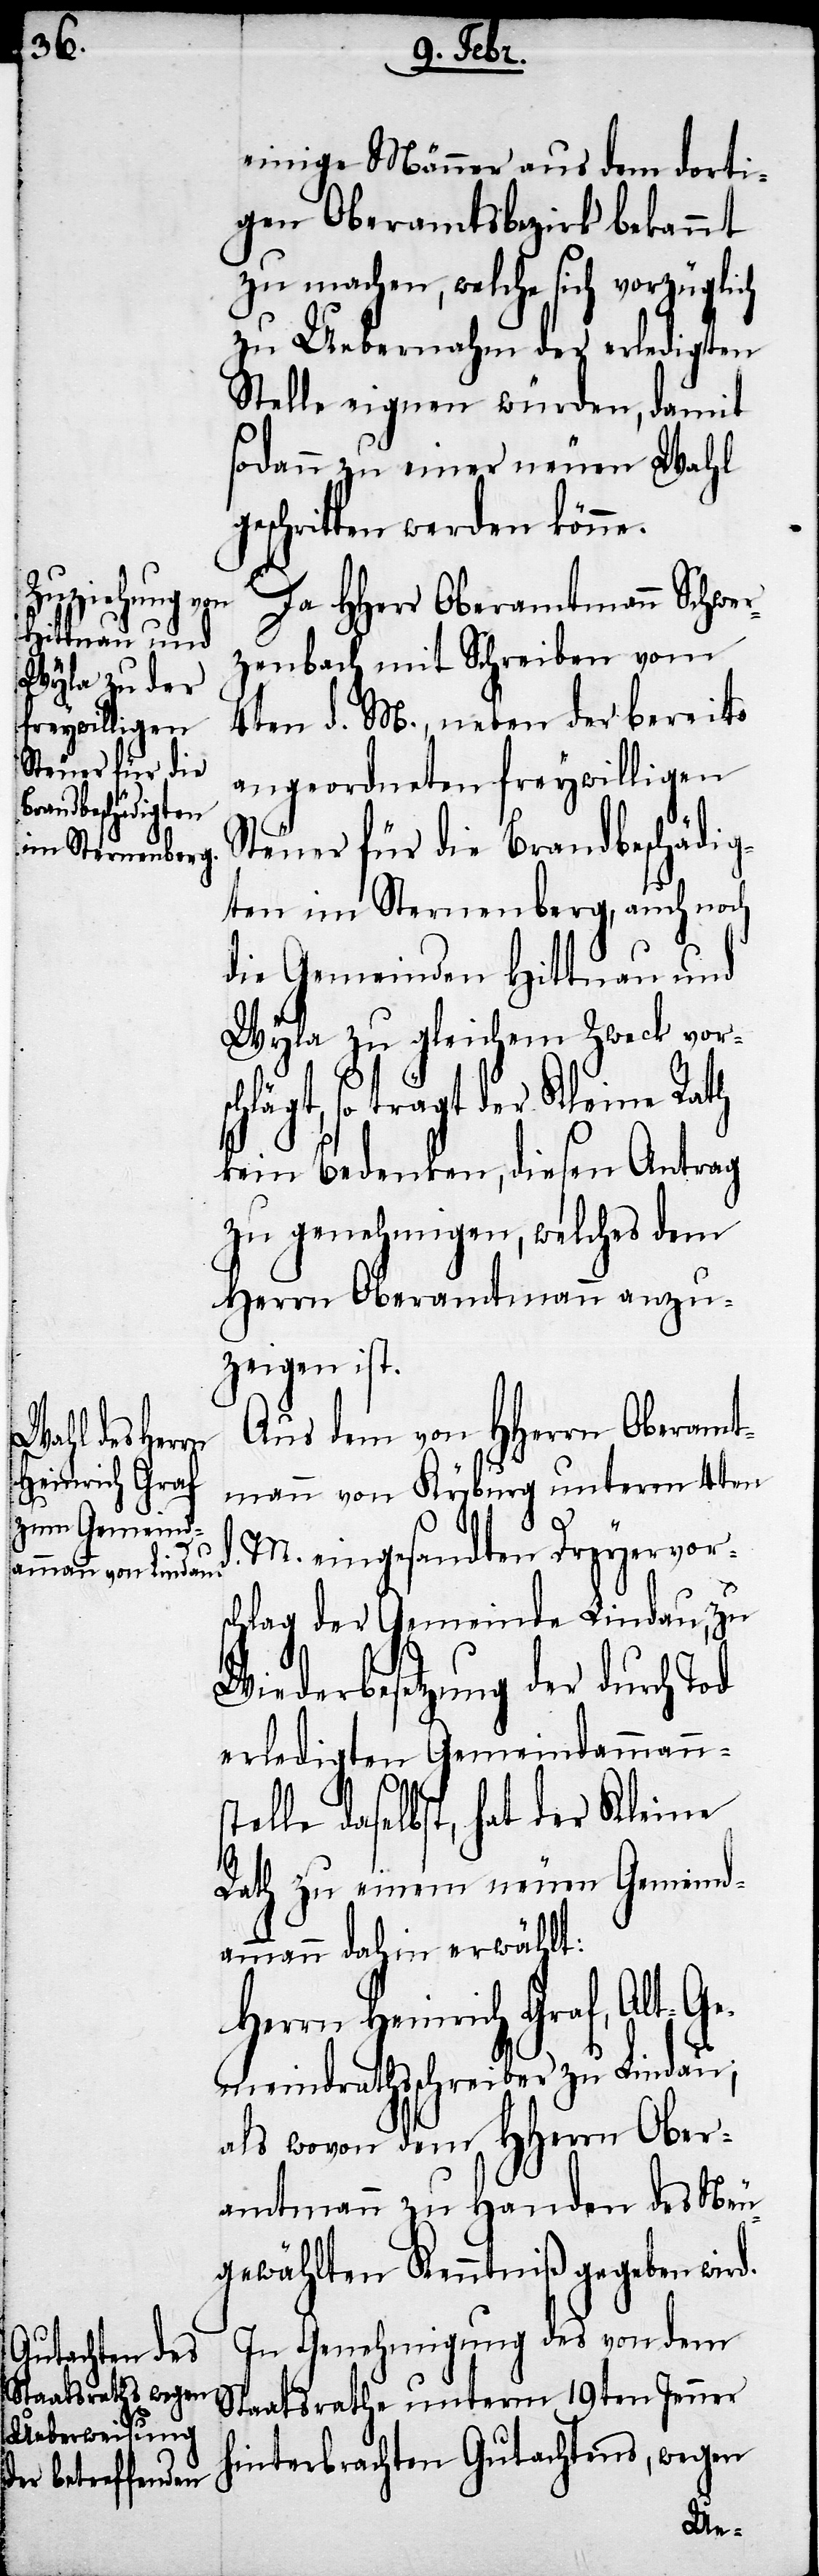
einige Männer aus dem dorti¬
gen Oberamtsbezirk bekannt
zu machen, welche sich vorzüglich
zu Uebernahm der erledigten
Stelle eignen würden, damit
sodann zu einer neuen Wahl
schritten werden könne.
Da HHerr Oberamtmann Schwer¬
zenbach mit Schreiben vom
4ten d. M., neben der bereits
angeordneten freywilligen
Steuer für die Brandbeschädig¬
ten im Sternenberg, auch noch
die Gemeinden Hittnau und
Wyla zu gleichem Zweck vorsc¬
hlägt, so trägt der Kleine Rath
kein Bedenken, diesen Antrag
zu genehmigen, welches dem
Herrn Oberamtmann anzu¬
zeigen ist.
Aus dem von HHerrn Oberamt¬
mann von Kyburg unterm 4ten
M. eingesandten Dreyervors¬
chlag der Gemeinde Lindau, zu
Wiederbesetzung der durch Tod
erledigten Gemeindammanns¬
telle daselbst, hat der Kleine
Rath zu einem neuen Gemeind¬
ammann dahin erwählt:
Heinrich Graf, Alt-G¬
emeindrathsschreiber zu Lindau;
als wovon dem HHerrn Ober¬
amtmann zu Handen des Neu¬
gewählten Kenntniß gegeben wird.
In Genehmigung des von dem
Staatsrathe unterm 19ten Jenner
hinterbrachten Gutachtens, wegen
ge¬